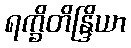
ရက္ခိတိန္ဒြိယာ